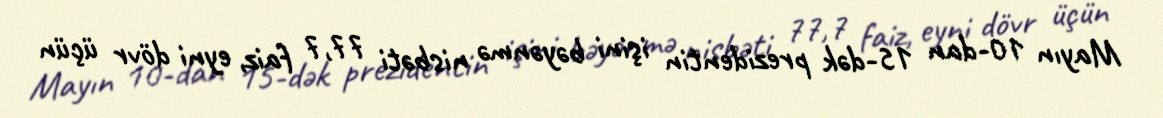
Mayın 10-dan 15-dək prezidentin işini bəyənmə nisbəti 77,7 faiz, eyni dövr üçün